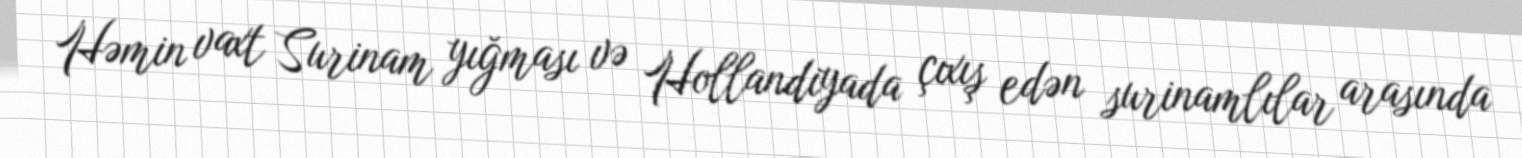
Həmin vaxt Surinam yığması və Hollandiyada çıxış edən surinamlılar arasında